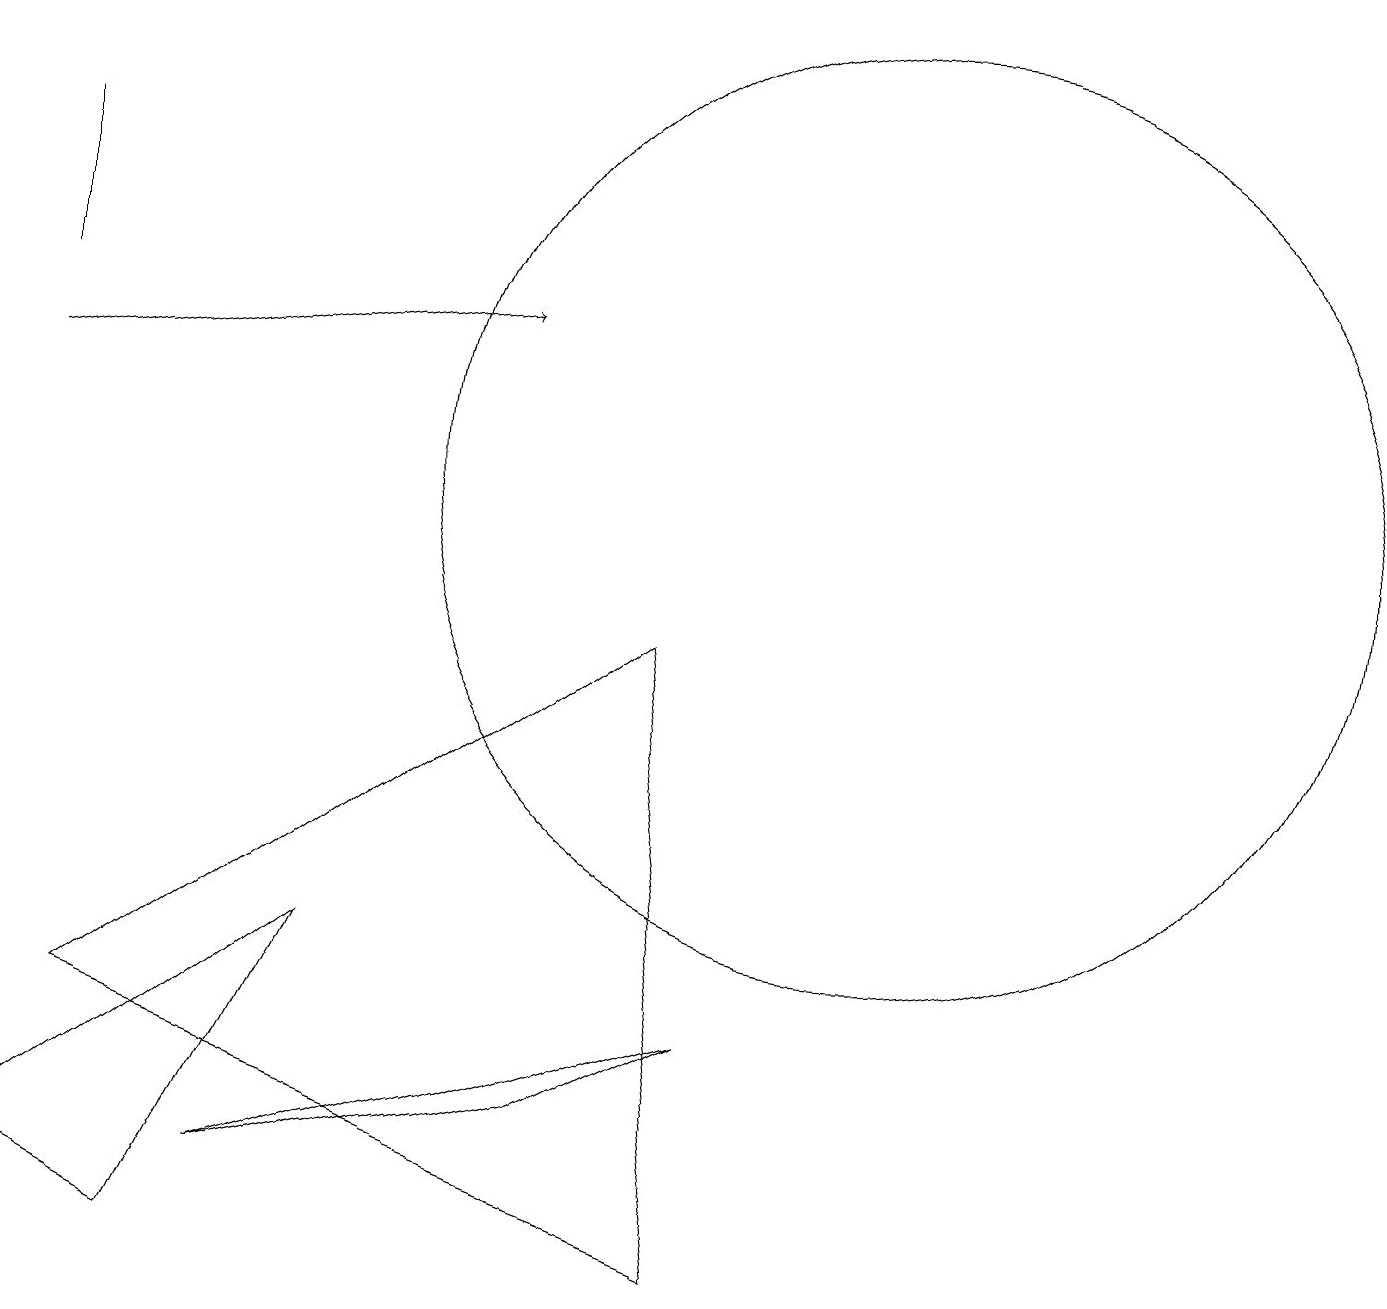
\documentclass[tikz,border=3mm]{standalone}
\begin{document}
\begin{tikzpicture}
\draw (9,0) -- (1,3) -- (8,8) -- cycle;
\draw[->] (0,11) -- (6,12);
\draw (11,10) circle (6);
\draw (0,12) rectangle (0,14);
\draw (9,3) -- (7,2) -- (3,1) -- cycle;
\draw (4,4) -- (0,1) -- (2,0) -- cycle;
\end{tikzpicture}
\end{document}